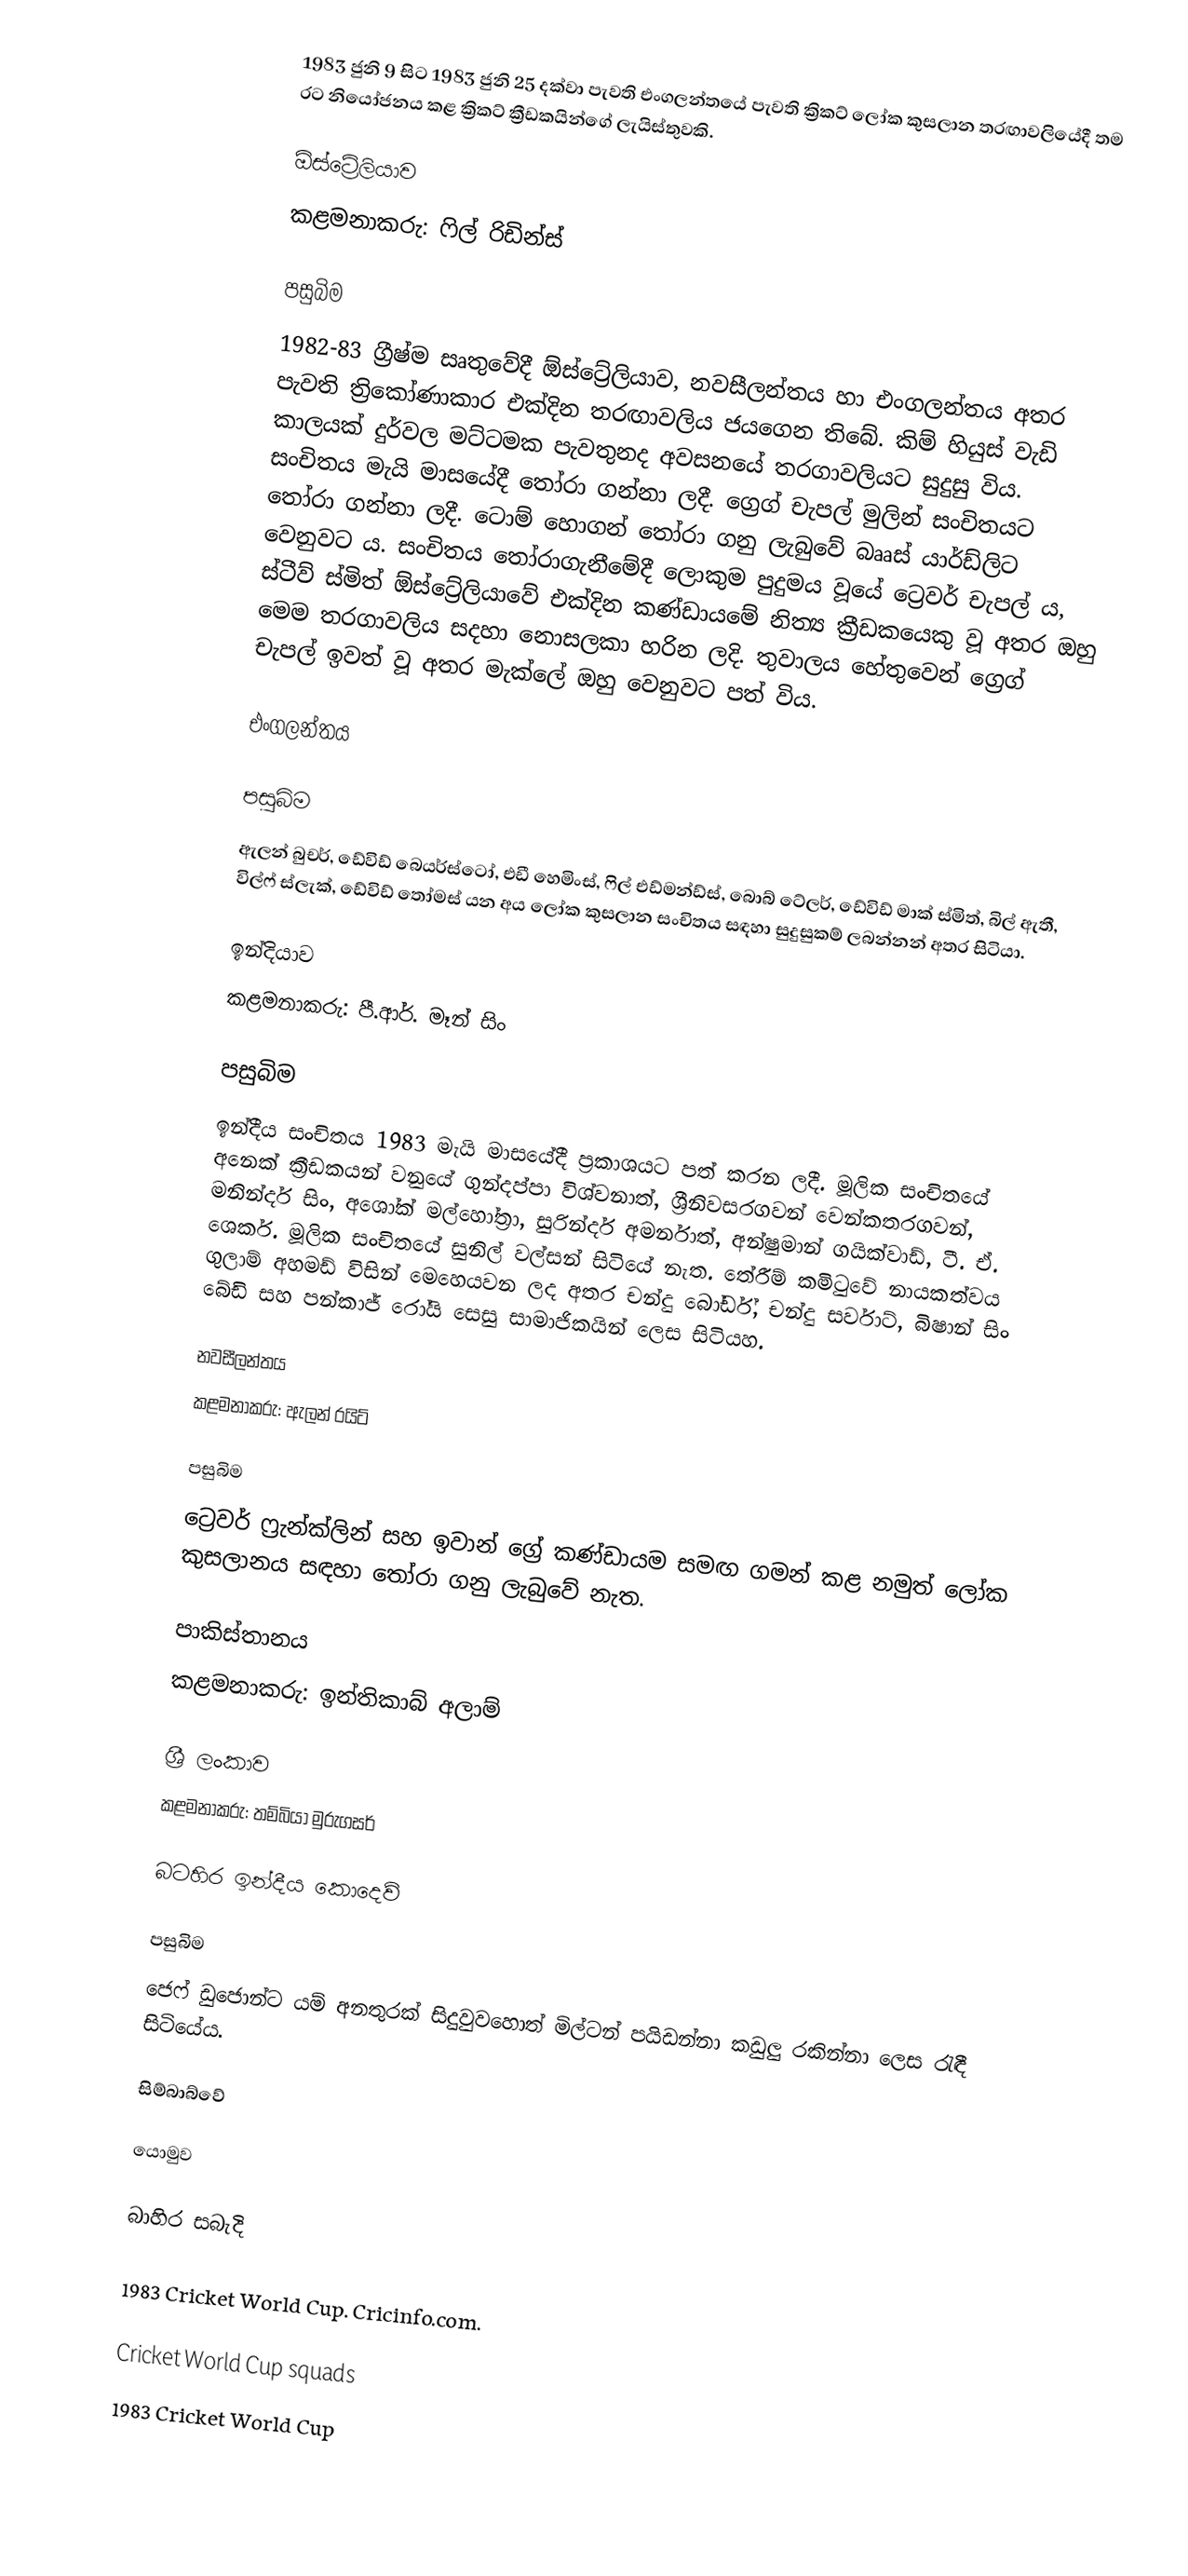
1983 ජුනි 9 සිට 1983 ජුනි 25 දක්වා පැවති එංගලන්තයේ පැවති ක්‍රිකට් ලෝක කුසලාන තරඟාවලියේදී තම රට නියෝජනය කළ ක්‍රිකට් ක්‍රීඩකයින්ගේ ලැයිස්තුවකි.

ඕස්ට්‍රේලියාව
කළමනාකරු:  ෆිල් රිඩින්ස්

පසුබිම
1982-83 ග්‍රීෂ්ම සෘතුවේදී ඕස්ට්‍රේලියාව, නවසීලන්තය හා එංගලන්තය අතර පැවති ත්‍රිකෝණාකාර එක්දින තරඟාවලිය ජයගෙන තිබේ. කිම් හියුස් වැඩි කාලයක් දුර්වල මට්ටමක පැවතුනද අවසනයේ තරගාවලියට සුදුසු විය. සංචිතය මැයි මාසයේදී තෝරා ගන්නා ලදී. ග්‍රෙග් චැපල් මුලින් සංචිතයට තෝරා ගන්නා ලදී. ටොම් හොගන් තෝරා ගනු ලැබුවේ බෲස් යාර්ඩ්ලිට වෙනුවට ය. සංචිතය තෝරාගැනීමේදී ලොකුම පුදුමය වූයේ ට්‍රෙවර් චැපල් ය, ස්ටීව් ස්මිත් ඕස්ට්‍රේලියාවේ එක්දින කණ්ඩායමේ නිත්‍ය ක්‍රීඩකයෙකු වූ අතර ඔහු මෙම තරගාවලිය සදහා නොසලකා හරින ලදි. තුවාලය හේතුවෙන් ග්‍රෙග් චැපල් ඉවත් වූ අතර මැක්ලේ ඔහු වෙනුවට පත් විය.

එංගලන්තය

පසුබිම
ඇලන් බුචර්, ඩේවිඩ් බෙයර්ස්ටෝ, එඩී හෙමිංස්, ෆිල් එඩ්මන්ඩ්ස්, බොබ් ටේලර්, ඩේවිඩ් මාක් ස්මිත්, බිල් ඇතී, විල්ෆ් ස්ලැක්, ඩේවිඩ් තෝමස් යන අය ලෝක කුසලාන සංචිතය සඳහා සුදුසුකම් ලබන්නන් අතර සිටියා.

ඉන්දියාව
කළමනාකරු:  පී.ආර්. මෑන් සිං

පසුබිම
ඉන්දීය සංචිතය 1983 මැයි මාසයේදී ප්‍රකාශයට පත් කරන ලදී. මූලික සංචිතයේ අනෙක් ක්‍රීඩකයන් වනුයේ ගුන්දප්පා විශ්වනාත්, ශ්‍රීනිවසරගවන් වෙන්කතරගවන්, මනින්දර් සිං, අශෝක් මල්හෝත්‍රා, සුරින්දර් අමර්නාත්, අන්ෂුමාන් ගයික්වාඩ්, ටී. ඒ. ශෙකර්. මූලික සංචිතයේ සුනිල් වල්සන් සිටියේ නැත. තේරීම් කමිටුවේ නායකත්වය ගුලාම් අහමඩ් විසින් මෙහෙයවන ලද අතර චන්දු බෝර්ඩ්, චන්දු සර්වාට්, බිෂාන් සිං බේඩි සහ පන්කාජ් රෝයි සෙසු සාමාජිකයින් ලෙස සිටියහ.

නවසීලන්තය
කළමනාකරු:  ඇලන් රයිට්

පසුබිම
ට්‍රෙවර් ෆ්‍රැන්ක්ලින් සහ ඉවාන් ග්‍රේ කණ්ඩායම සමඟ ගමන් කළ නමුත් ලෝක කුසලානය සඳහා තෝරා ගනු ලැබුවේ නැත.

පාකිස්තානය
කළමනාකරු:  ඉන්තිකාබ් අලාම්

ශ්‍රී ලංකාව
කළමනාකරු:  තම්බියා මුරුගසර්

බටහිර ඉන්දීය කොදෙව්

පසුබිම
ජෙෆ් ඩුජොන්ට යම් අනතුරක් සිදුවුවහොත් මිල්ටන් පයිඩන්නා කඩුලු රකින්නා ලෙස රැඳී සිටියේය.

සිම්බාබ්වේ

යොමුව

බාහිර සබැදි

 1983 Cricket World Cup. Cricinfo.com.

Cricket World Cup squads
1983 Cricket World Cup